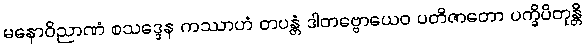
မနောဝိညာဏံ စသဒ္ဒေန ကဿာဟံ တပန္တံ ဒါတဗ္ဗောယေဝ ပတိဇာတော ပက္ခိပိတုန္တိ